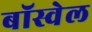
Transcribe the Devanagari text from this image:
बॉस्वेल